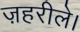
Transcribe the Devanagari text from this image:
ज़हरीले।